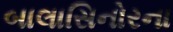
બાલાસિનોરના